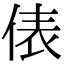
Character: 俵